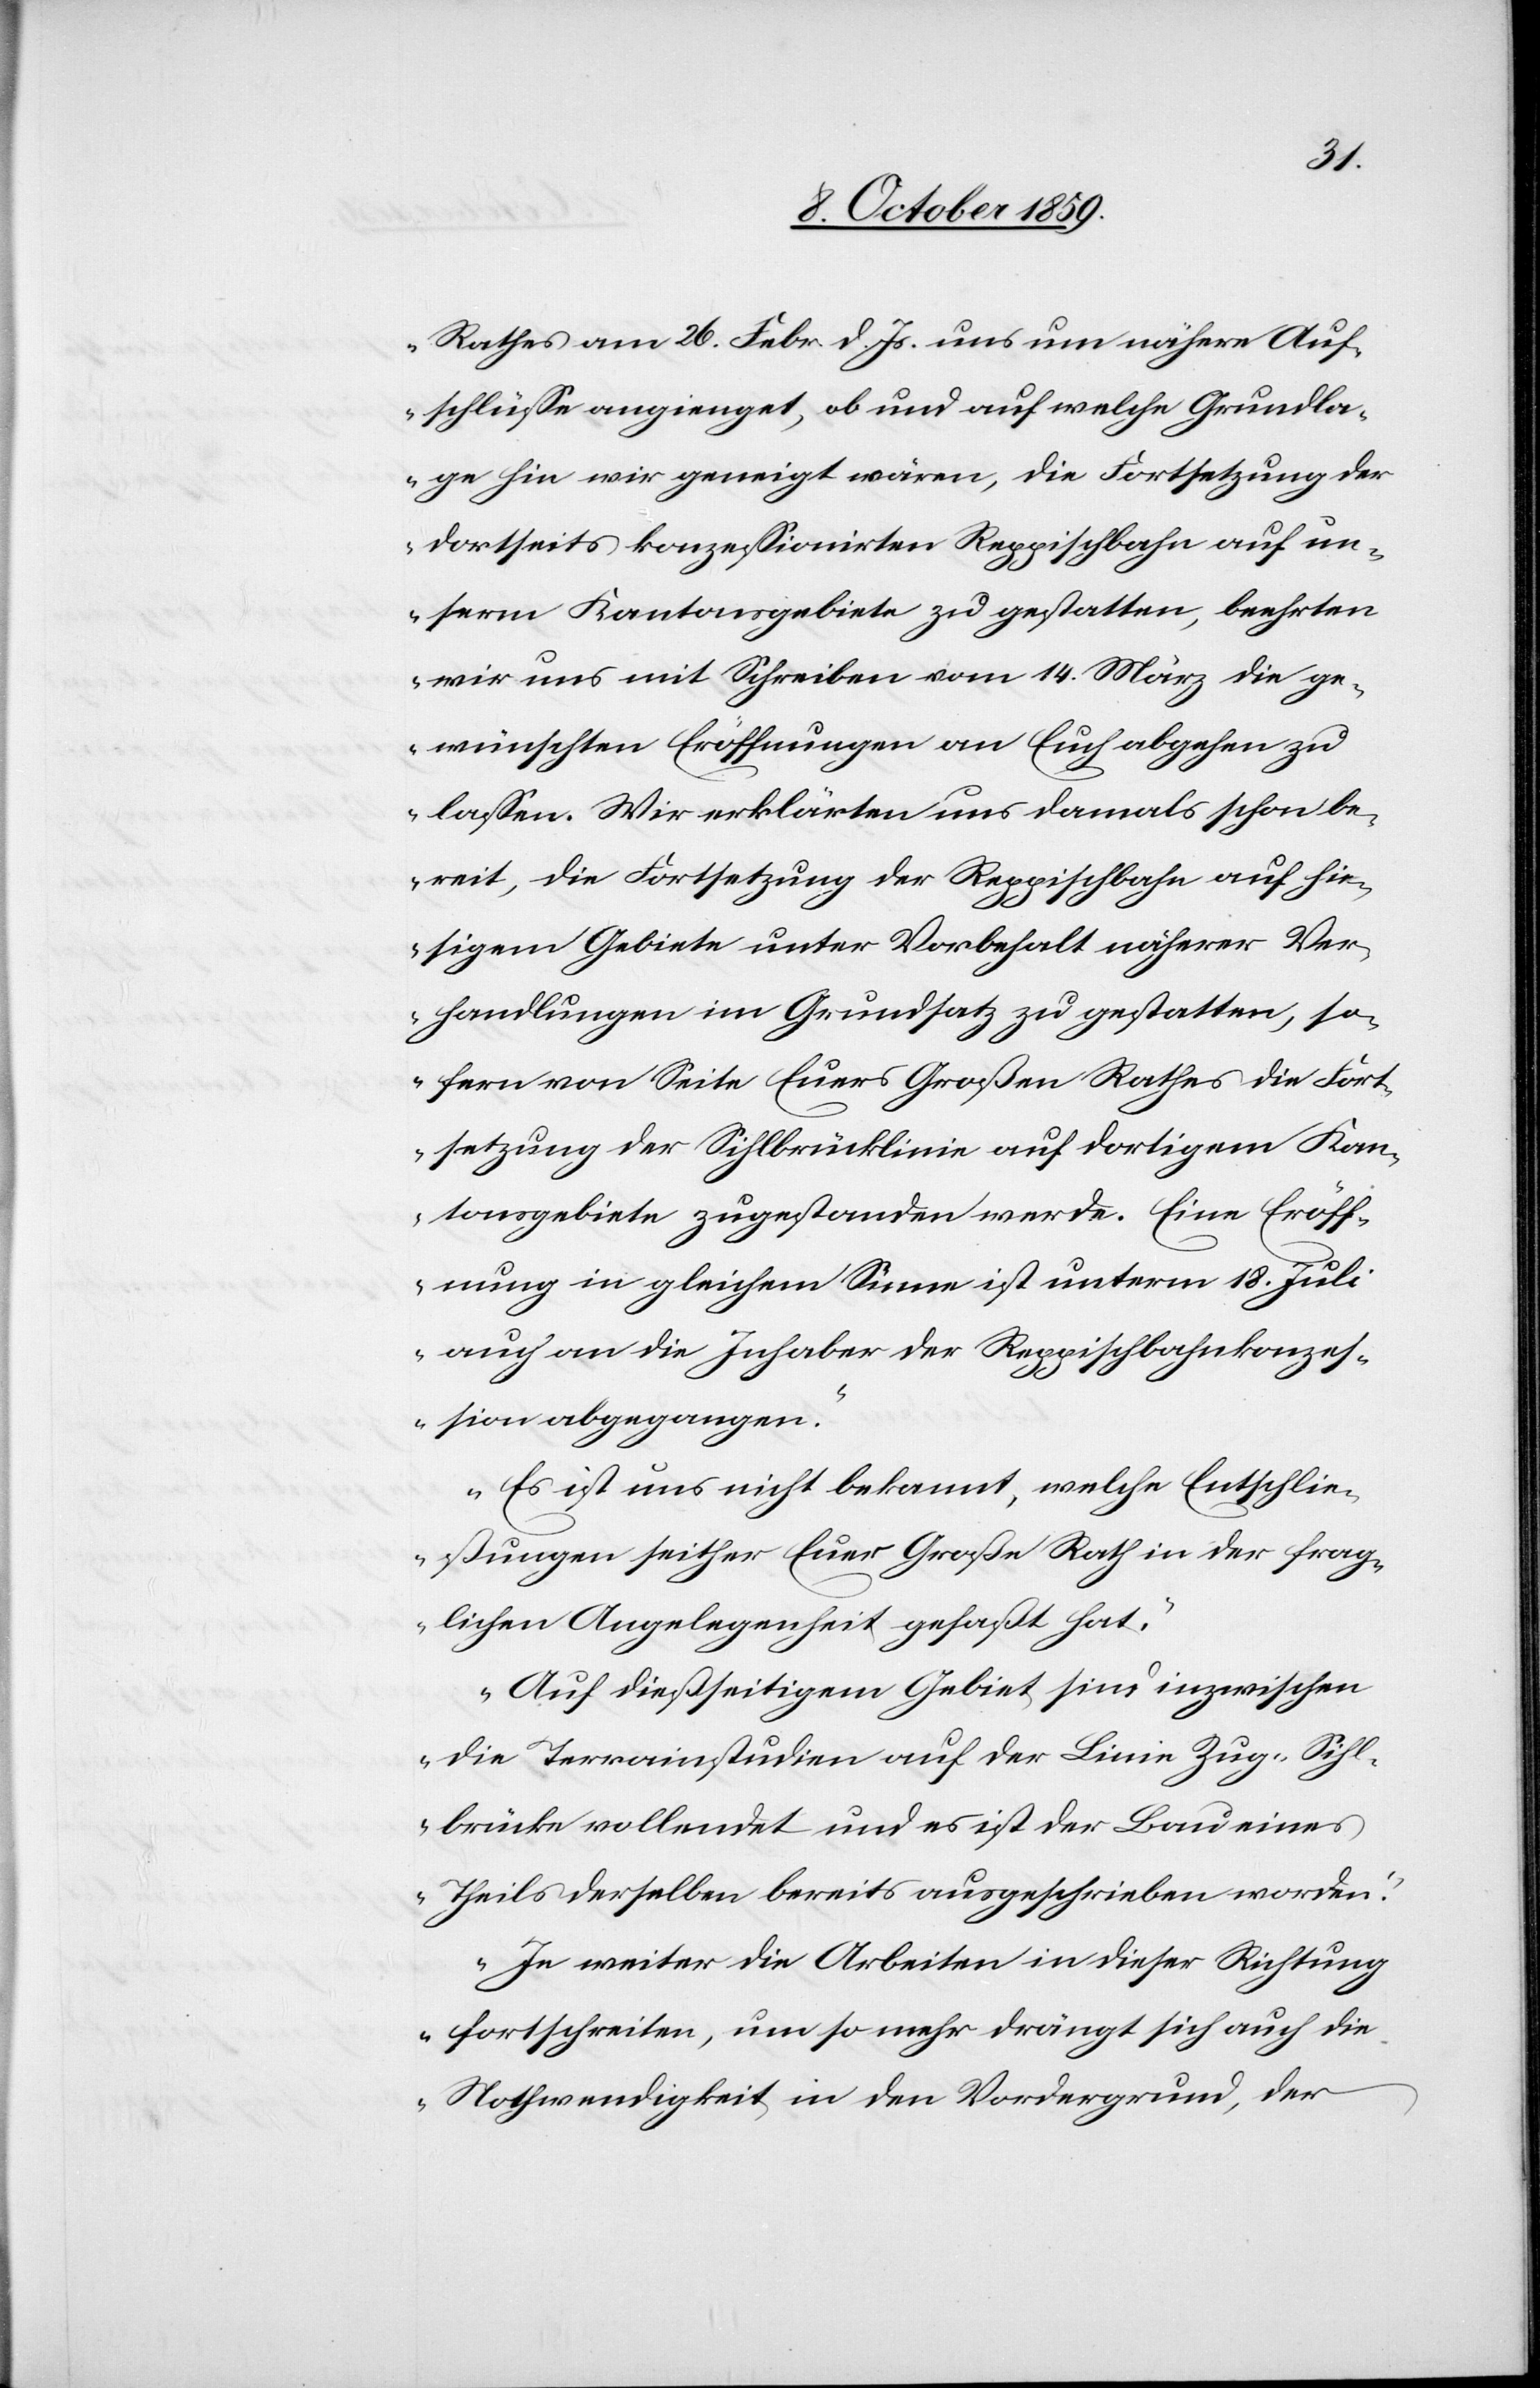
Rathes am 26. Febr. d. Js. uns um nähere Auf¬
schlüsse angienget, ob und auf welche Grundla¬
ge hin wir geneigt wären, die Fortsetzung der
dortseits konzessionirten Reppischbahn auf un¬
serm Kantonsgebiete zu gestatten, beehrten
wir uns mit Schreiben vom 14. März die ge¬
wünschten Eröffnungen an Euch abgehen zu
lassen. Wir erklärten uns damals schon be¬
reit, die Fortsetzung der Reppischbahn auf hie¬
sigem Gebiete unter Vorbehalt näherer Ver¬
handlungen im Grundsatz zu gestatten, so¬
fern von Seite Euers Großen Rathes die Fort¬
setzung der Sihlbrücklinie auf dortigem Kan¬
tonsgebiete zugestanden werde. Eine Eröff¬
nung in gleichem Sinne ist unterm 18. Juli
auch an die Inhaber der Reppischbahnkonzes¬
sion abgegangen.
Es ist uns nicht bekannt, welche Entschlie¬
ßungen seither Euer Große Rath in der frag¬
lichen Angelegenheit gefaßt hat.
Aus dießseitigem Gebiet sind inzwischen
die Terrainstudien auf der Linie Zug–Sihl¬
brücke vollendet und es ist der Bau eines
Theils derselben bereits ausgeschrieben worden.
Je weiter die Arbeiten in dieser Richtung
fortschreiten, um so mehr drängt sich auch die
Nothwendigkeit in den Vordergrund, der